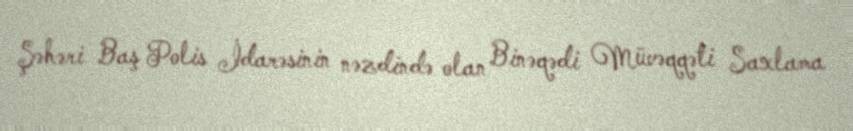
Şəhəri Baş Polis İdarəsinin nəzdində olan Binəqədi Müvəqqəti Saxlama